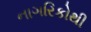
નાગરિકોથી